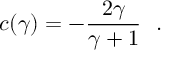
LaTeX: c ( \gamma ) = - { \frac { 2 \gamma } { \gamma + 1 } } ~ ~ .